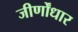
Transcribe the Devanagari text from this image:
जीर्णोंधार